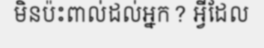
មិនប៉ះពាល់ដល់អ្នក? អ្វីដែល